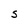
Character: s